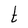
Character: t